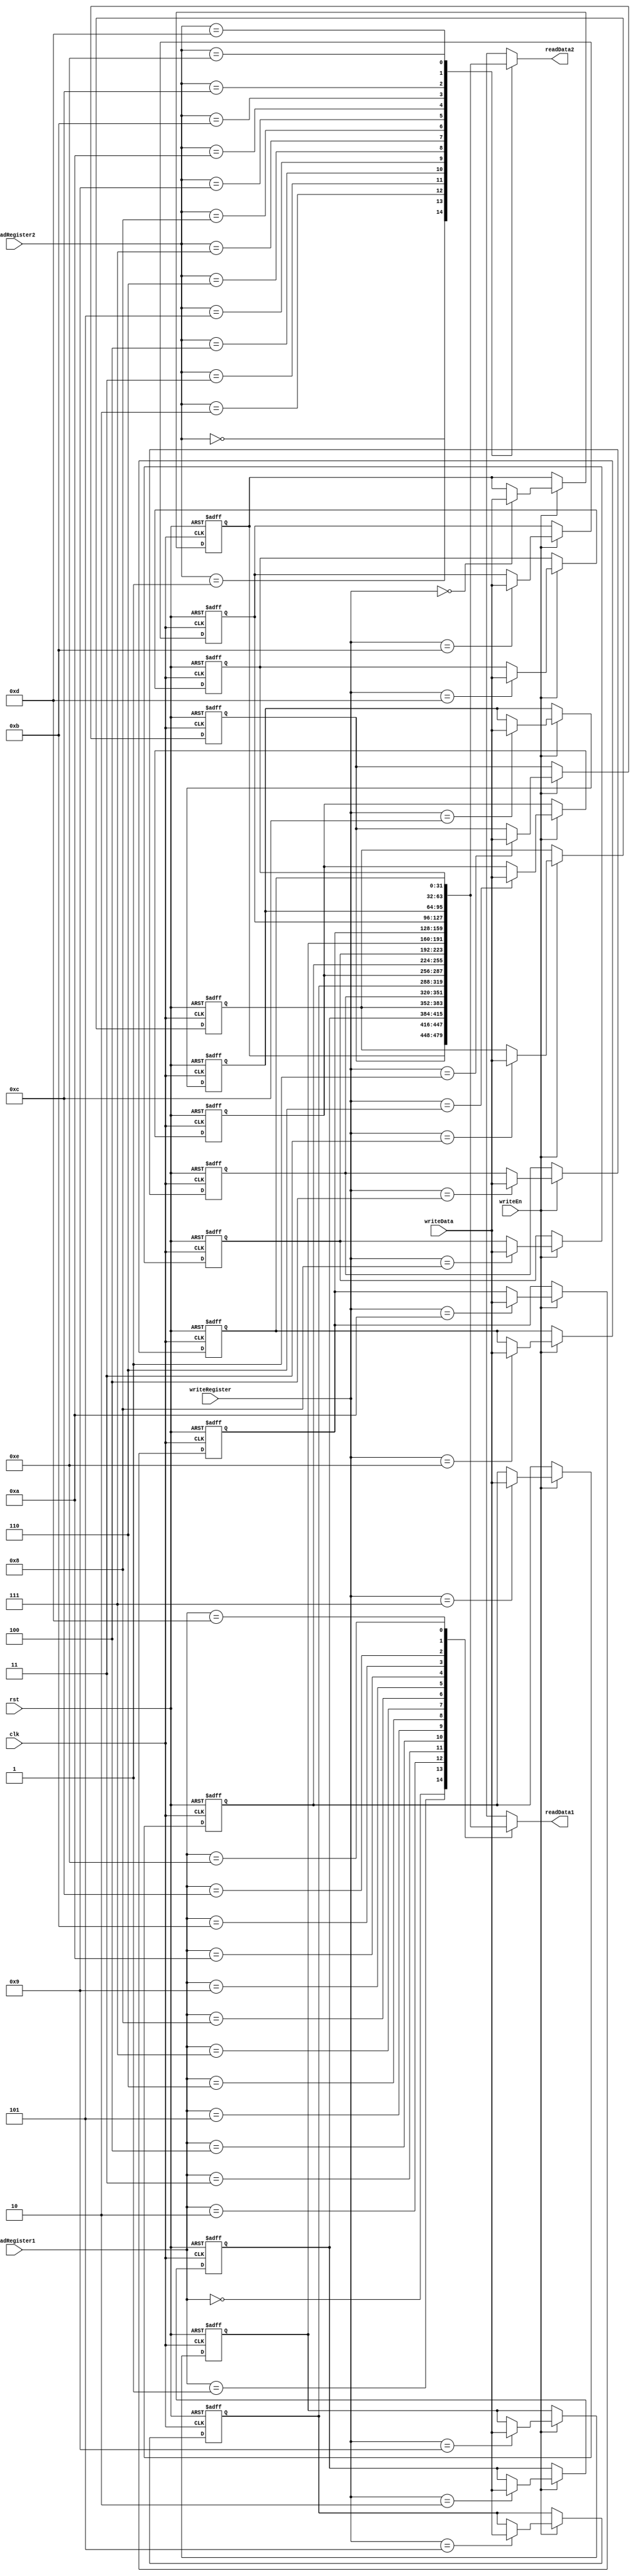
module RegisterFile #(
    parameter WordLen = 32
)(
    input clk, rst,
    input [3:0] readRegister1, readRegister2, writeRegister,
    input [WordLen-1:0] writeData,
    input writeEn,   
    output [WordLen-1:0] readData1, readData2
 );
    reg [WordLen-1:0] regFile [0:14];

    //read
    assign readData1 = regFile[readRegister1];
    assign readData2 = regFile[readRegister2];

    integer i;
    initial begin
        for (i = 0; i < 15; i = i + 1)
            regFile[i] <= i;
    end

    //write
    always @(negedge clk or posedge rst) begin
        if (rst)
            for (i = 0; i < 15; i = i + 1)
                regFile[i] <= i;
        else if (writeEn)
            regFile[writeRegister] <= writeData;
    end
    // assign outregFile = regFile;
endmodule